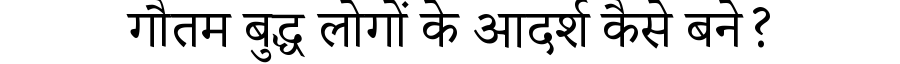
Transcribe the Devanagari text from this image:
गौतम बुद्ध लोगों के आदर्श कैसे बने?